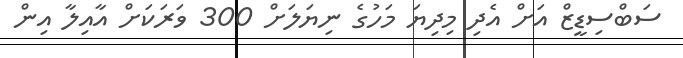
ސަބްސިޑީޒް އަށް އެދި މިދިޔަ މަހުގެ ނިޔަލަށް 300 ވަރަކަށް އާއިލާ އިން